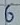
Text: 6